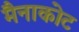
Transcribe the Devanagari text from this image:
मैनाकोट